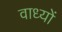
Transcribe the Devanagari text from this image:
वाध्यों